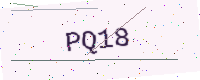
Text: PQ18